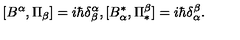
\lbrack B ^ { \alpha } , \Pi _ { \beta } ] = i \hbar \delta _ { \beta } ^ { \alpha } , [ B _ { \alpha } ^ { \ast } , \Pi _ { \ast } ^ { \beta } ] = i \hbar \delta _ { \alpha } ^ { \beta } .